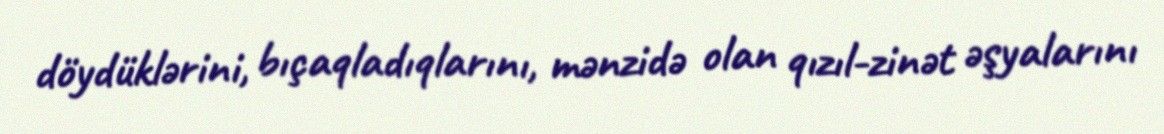
döydüklərini, bıçaqladıqlarını, mənzidə olan qızıl-zinət əşyalarını